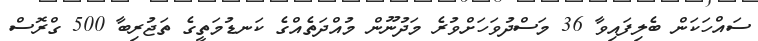
ސައްހަކަން ބެލިފައިވާ 36 މަސްދުވަހަށްވުރެ މަދުނޫން މުއްދަތެއްގެ ކަނޑުމަތީގެ ތަޖުރިބާ 500 ގްރޮސް